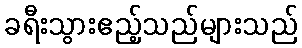
ခရီးသွားဧည့်သည်များသည်